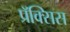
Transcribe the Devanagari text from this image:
प्रॅक्सिस